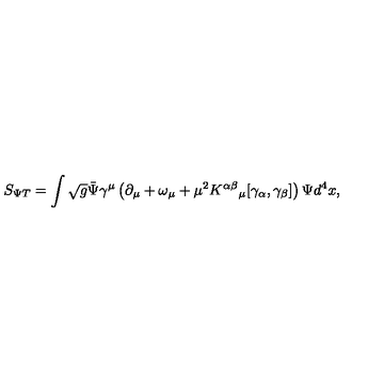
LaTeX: S _ { \Psi T } = \int \sqrt { g } { \bar { \Psi } } \gamma ^ { \mu } \left( \partial _ { \mu } + \omega _ { \mu } + \mu ^ { 2 } K ^ { \alpha \beta } { } _ { \mu } [ \gamma _ { \alpha } , \gamma _ { \beta } ] \right) \Psi d ^ { 4 } x ,